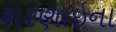
શરણાઇના